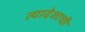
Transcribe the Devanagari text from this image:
त्यादेशाची